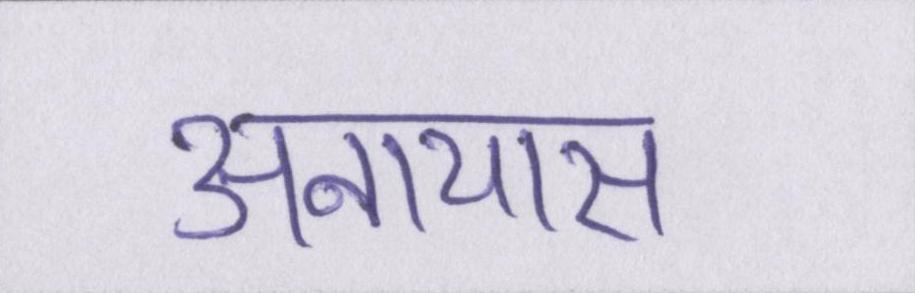
अनायास